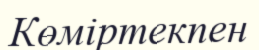
Көміртекпен